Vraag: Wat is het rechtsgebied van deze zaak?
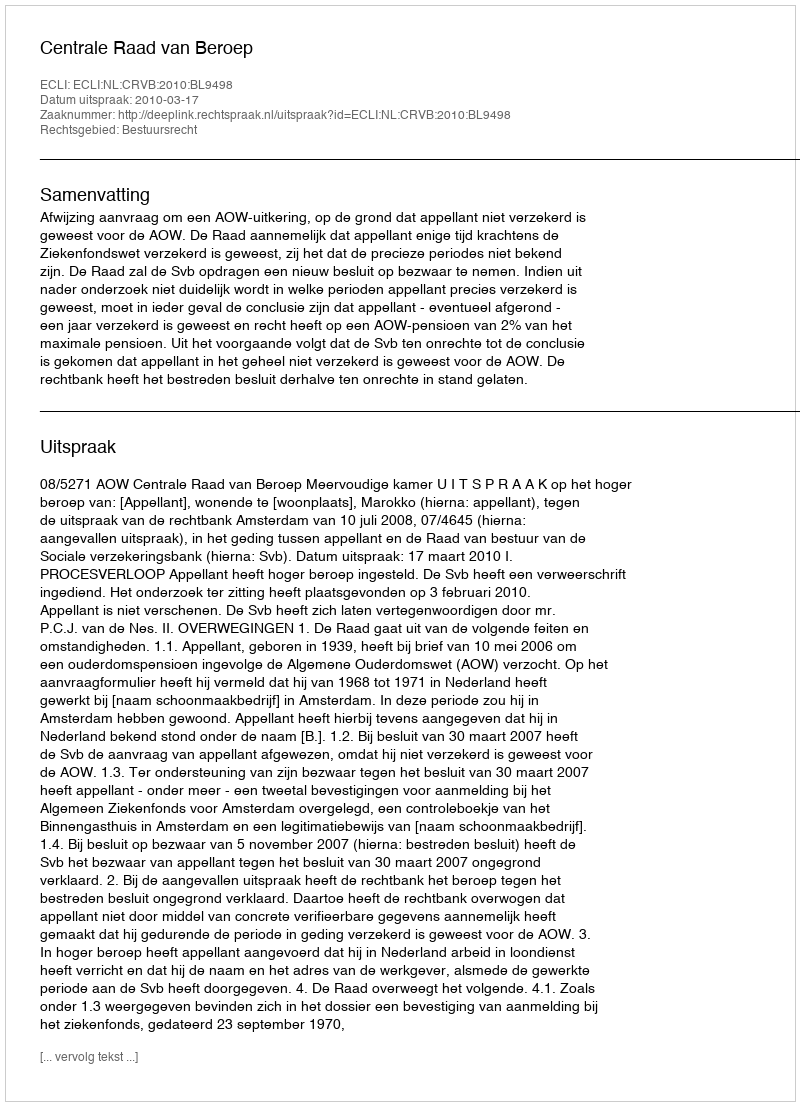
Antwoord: Bestuursrecht